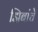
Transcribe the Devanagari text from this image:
झिबांचे